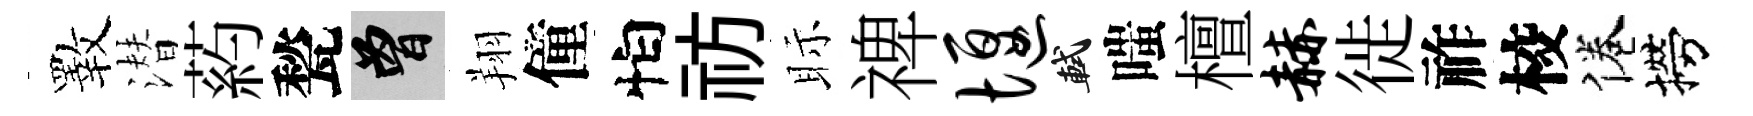
斁潜葯甃曾翔僮怕祊眎禆堰軾嗤檀赫徙祚校倦撈